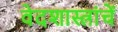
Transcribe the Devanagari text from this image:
वेदशास्त्रांचें